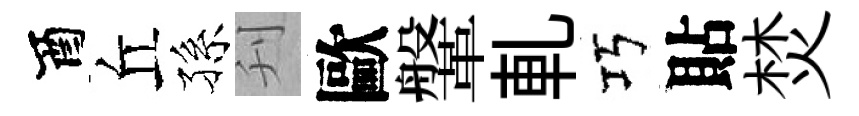
酉丘孫刋歐鞶軋巧貼焚